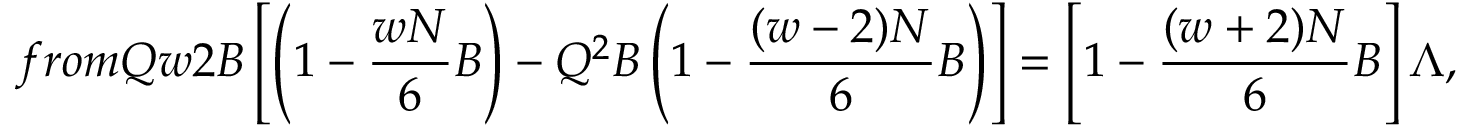
f r o m Q w 2 B \left[ \left( 1 - \frac { w N } { 6 } B \right) - Q ^ { 2 } B \left( 1 - \frac { ( w - 2 ) N } { 6 } B \right) \right] = \left[ 1 - \frac { ( w + 2 ) N } { 6 } B \right] \Lambda ,